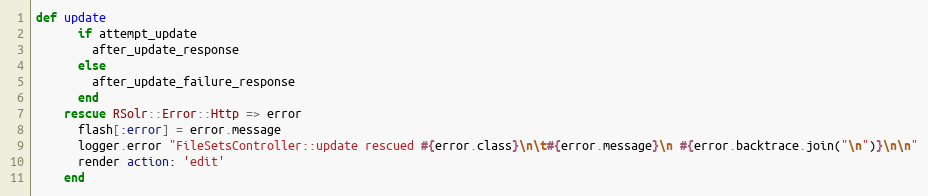
Language: Ruby
def update
      if attempt_update
        after_update_response
      else
        after_update_failure_response
      end
    rescue RSolr::Error::Http => error
      flash[:error] = error.message
      logger.error "FileSetsController::update rescued #{error.class}\n\t#{error.message}\n #{error.backtrace.join("\n")}\n\n"
      render action: 'edit'
    end